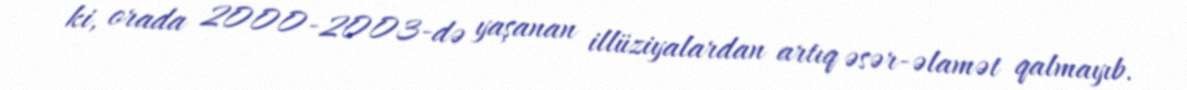
ki, orada 2000-2003-də yaşanan illüziyalardan artıq əsər-əlamət qalmayıb.